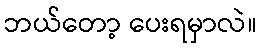
ဘယ်တော့ ပေးရမှာလဲ။